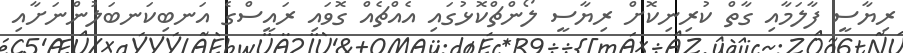
ރިޔާސީ ފާލަމާއި ގާތް ކުރިނިކޮށް ރިޔާސީ ލޯންޗްކޮޅުގައި އެއްޗެއް ގޮވައި ރައީސްގެ އަނބިކަނބަލުންނަށާއި